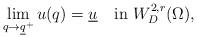
LaTeX: \begin{align*}\lim_{q\rightarrow\underline{q}^{+}}u(q)=\underline{u}\quad\mbox{in}\ W_{D}^{2,r}(\Omega),\end{align*}